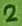
Text: 2